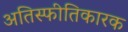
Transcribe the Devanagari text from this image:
अतिस्फीतिकारक